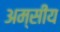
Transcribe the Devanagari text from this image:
अम्सीय